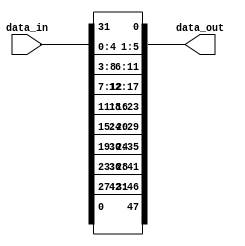
module E
(
 input [31:0] data_in,
 output [47:0] data_out
);

assign data_out[0]  = data_in[31];
assign data_out[1]  = data_in[0];
assign data_out[2]  = data_in[1];
assign data_out[3]  = data_in[2];
assign data_out[4]  = data_in[3];
assign data_out[5]  = data_in[4];
assign data_out[6]  = data_in[3];
assign data_out[7]  = data_in[4];
assign data_out[8]  = data_in[5];
assign data_out[9]  = data_in[6];
assign data_out[10] = data_in[7];
assign data_out[11] = data_in[8];
assign data_out[12] = data_in[7];
assign data_out[13] = data_in[8];
assign data_out[14] = data_in[9];
assign data_out[15] = data_in[10];
assign data_out[16] = data_in[11];
assign data_out[17] = data_in[12];
assign data_out[18] = data_in[11];
assign data_out[19] = data_in[12];
assign data_out[20] = data_in[13];
assign data_out[21] = data_in[14];
assign data_out[22] = data_in[15];
assign data_out[23] = data_in[16];
assign data_out[24] = data_in[15];
assign data_out[25] = data_in[16];
assign data_out[26] = data_in[17];
assign data_out[27] = data_in[18];
assign data_out[28] = data_in[19];
assign data_out[29] = data_in[20];
assign data_out[30] = data_in[19];
assign data_out[31] = data_in[20];
assign data_out[32] = data_in[21];
assign data_out[33] = data_in[22];
assign data_out[34] = data_in[23];
assign data_out[35] = data_in[24];
assign data_out[36] = data_in[23];
assign data_out[37] = data_in[24];
assign data_out[38] = data_in[25];
assign data_out[39] = data_in[26];
assign data_out[40] = data_in[27];
assign data_out[41] = data_in[28];
assign data_out[42] = data_in[27];
assign data_out[43] = data_in[28];
assign data_out[44] = data_in[29];
assign data_out[45] = data_in[30];
assign data_out[46] = data_in[31];
assign data_out[47] = data_in[0];

endmodule